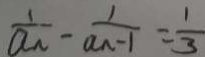
\frac { 1 } { a _ { n } } - \frac { 1 } { a _ { n - 1 } } = \frac { 1 } { 3 }